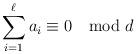
LaTeX: \begin{align*}\sum_{i=1}^\ell a_i \equiv 0 \mod d \end{align*}